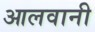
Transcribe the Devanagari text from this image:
आलवानी